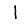
Digit: 1